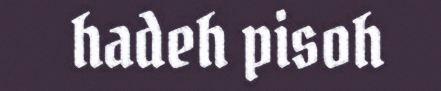
hadeh pisoh